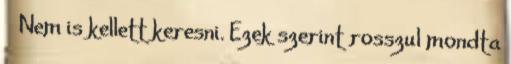
🙂 Nem is kellett keresni. Ezek szerint rosszul mondta